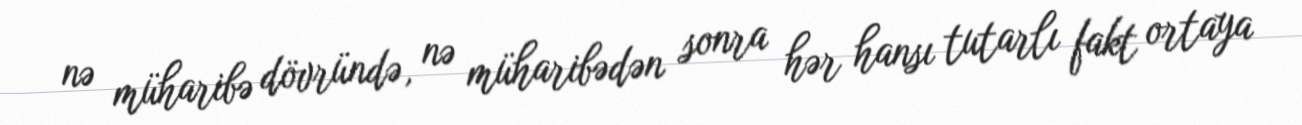
nə müharibə dövründə, nə müharibədən sonra hər hansı tutarlı fakt ortaya